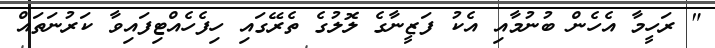
" ރަހީމާ އެހެން ބުނުމާއި އެކު ފަޒީނާގެ ލޮލުގެ ތެރޭގައި ހިފެހެއްޓިފައިވާ ކަރުނަތައް